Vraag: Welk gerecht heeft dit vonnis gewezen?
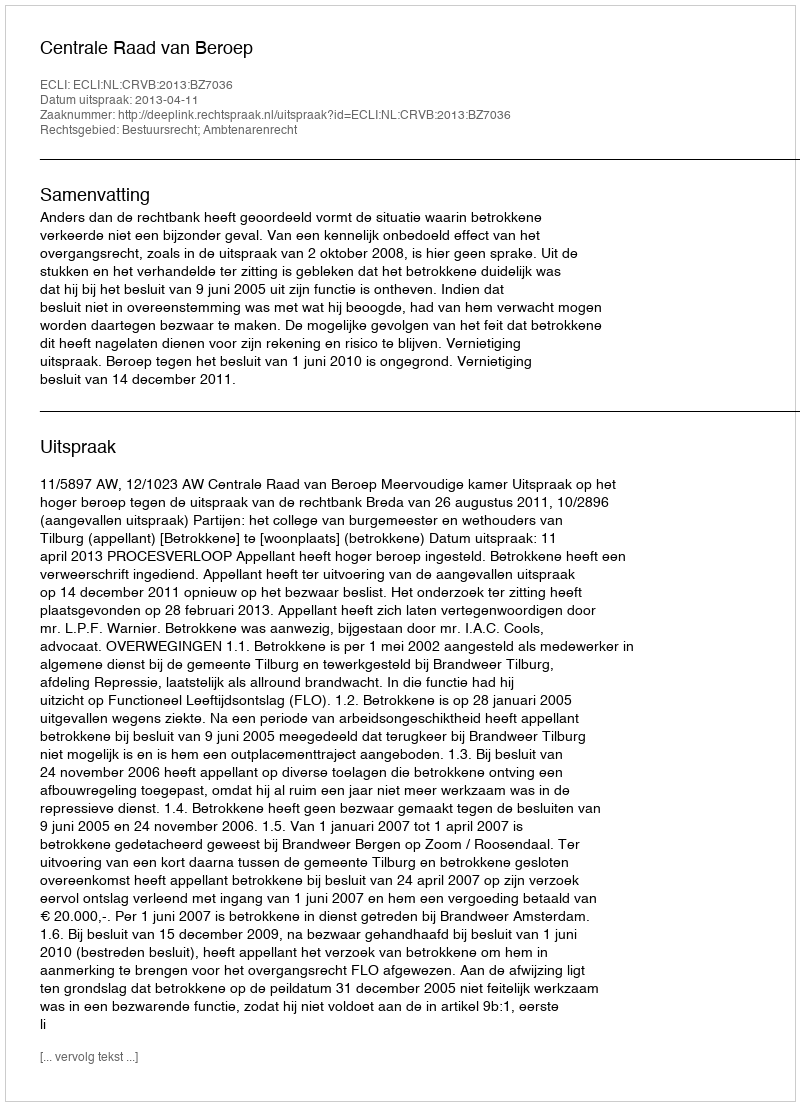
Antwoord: Centrale Raad van Beroep